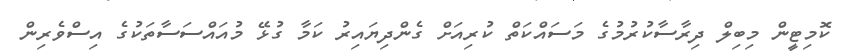
ކޮމިޓީން މިބިލް ދިރާސާކުރުމުގެ މަސައްކަތް ކުރިއަށް ގެންދިޔައިރު ކަމާ ގުޅޭ މުއައްސަސާތަކުގެ އިސްވެރިން